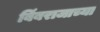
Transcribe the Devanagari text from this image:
बिंबराजाच्या